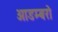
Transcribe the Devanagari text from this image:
आडम्बरो